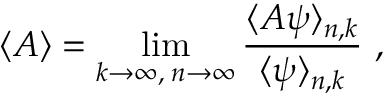
\langle { \cal A } \rangle = \operatorname * { l i m } _ { k \to \infty , \; n \to \infty } { \frac { \langle { \cal A } \psi \rangle _ { n , k } } { \langle \psi \rangle _ { n , k } } } \ ,